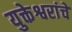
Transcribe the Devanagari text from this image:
युक्तेश्वरांचे